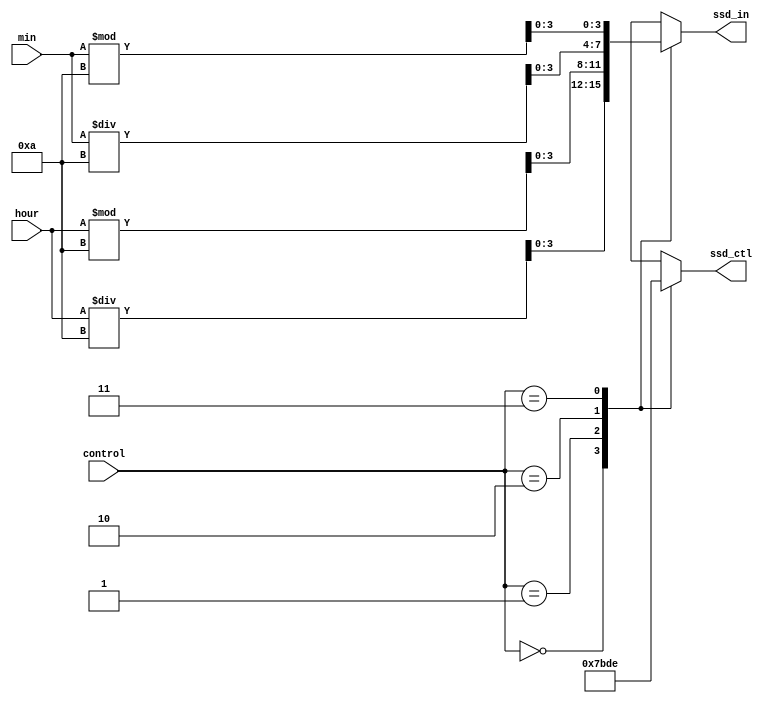
module scan(ssd_ctl, ssd_in, hour, min, control);
    output reg [3:0] ssd_in;
    output reg [3:0] ssd_ctl;
    input [4:0]hour;
    input [5:0]min;
    input [1:0] control;
    
    always@*
        case(control)
              2'b00:
                  begin
                      ssd_ctl = 4'b0111;
                      ssd_in = hour / 4'd10;
                  end
              2'b01:
                  begin
                      ssd_ctl = 4'b1011;
                      ssd_in = hour % 4'd10;
                  end
              2'b10:
                  begin
                      ssd_ctl = 4'b1101;
                      ssd_in = min / 4'd10;
                  end
              2'b11:
                  begin
                      ssd_ctl = 4'b1110;
                      ssd_in = min % 4'd10;
                  end
              default:
                  begin
                      ssd_ctl = 4'b0000;
                      ssd_in = 4'b0000;
                  end
      endcase
      
 endmodule